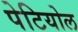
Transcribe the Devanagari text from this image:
पेटियोल